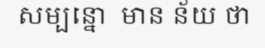
សម្បន្នោ  មាន ន័យ ថា